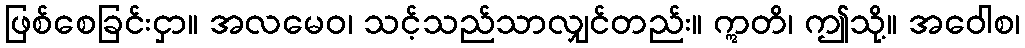
ဖြစ်စေခြင်းငှာ။ အလမေဝ၊ သင့်သည်သာလျှင်တည်း။ ဣတိ၊ ဤသို့။ အဝေါစ၊